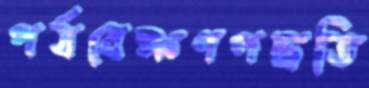
পর্যবেক্ষণপদ্ধতি